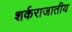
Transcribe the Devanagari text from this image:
शर्कराजातीय